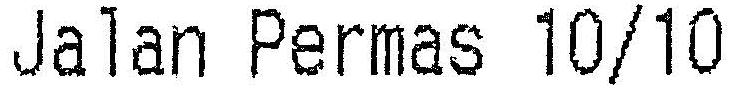
JALAN PERMAS 10/10